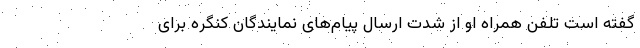
گفته است تلفن همراه او از شدت ارسال پیام‌های نمایندگان کنگره برای